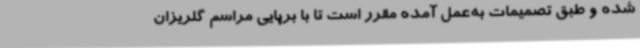
شده و طبق تصمیمات به‌عمل آمده مقرر است تا با برپایی مراسم گلریزان